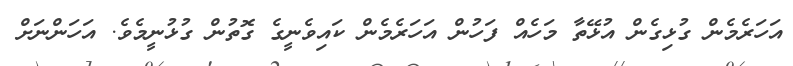
އަހަރެމެން ގުޅިގެން އުޅޭތާ މަހެއް ފަހުން އަހަރެމެން ކައިވެނީގެ ގޮތުން ގުޅުނީމެވެ. އަހަންނަށް